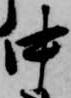
中